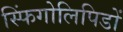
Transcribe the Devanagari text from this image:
स्फिंगोलिपिडों